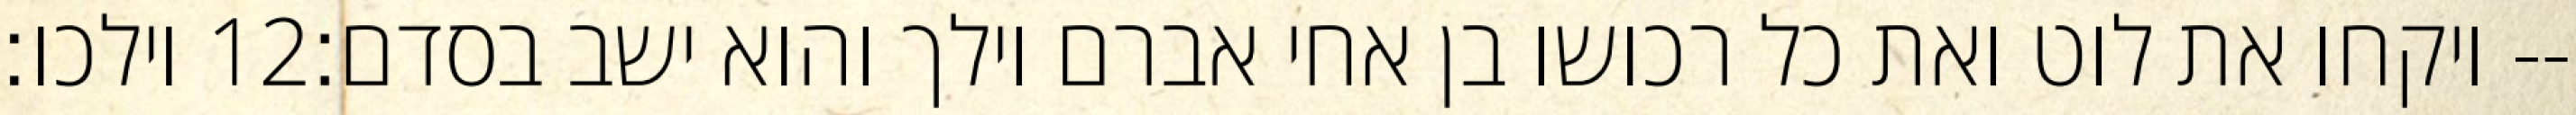
וילכו׃ ‎12‏ ויקחו את לוט ואת כל רכושו בן אחי אברם וילך והוא ישב בסדם׃--